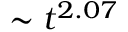
\sim t ^ { 2 . 0 7 }